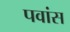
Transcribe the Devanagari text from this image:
पवांस